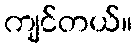
ကျင်တယ်။